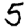
Digit: 5